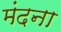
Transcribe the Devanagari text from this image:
मंदना